Civil Veterinary Dept. Assam report 1927-50 - 1927-1950
Year: 1927
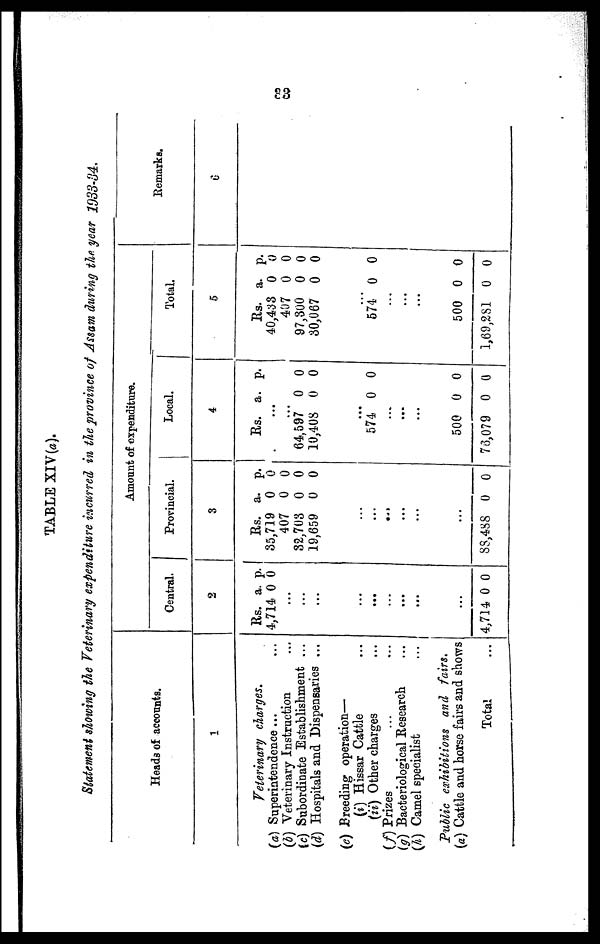
33
Statement showing the Veterinary expenditure incurred in the province of Assam during the year 1933-34.
Heads of accounts.
1
Veterinary charges.
(a) Superintendence ... ...
(b) Veterinary Instruction ...
(c) Subordinate Establishment ...
(d) Hospitals and Dispensaries ...
(e) Breeding operation—
(i) Hissar Cattle ...
(ii) Other charges ...
(f) Prizes ... ...
(g) Bacteriological Research ...
(h) Camel specialist ...
Public exhibitions and fairs.
(a) Cattle and horse fairs and shows
Total ...
Amount of expenditure.
Central.
2
Rs.
4,714
..
..
..
..
..
..
..
..
..
4,714
a.
0
.
.
.
.
.
.
.
.
.
0
p.
0
0
Provincial.
3
Rs.
35,719
407
32,703
19,859
...
...
...
...
...
...
88,488
a.
0
0
0
0
0
p.
0
0
0
0
0
Local.
4
Rs.
...
...
64,597
10,408
...
574
...
...
...
500
76,079
a.
0
0
0
0
0 0
p.
0
0
0
0
Total.
5
Rs.
40,433
407
97,800
30,087
...
574
...
...
...
500
1,89,281
a.
0
0
0
0
0
0
0
p.
0
0
0
0
0
0
0
Remarks.
6